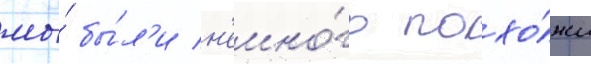
мы́ бы́л'и н'емно́го похо́жи